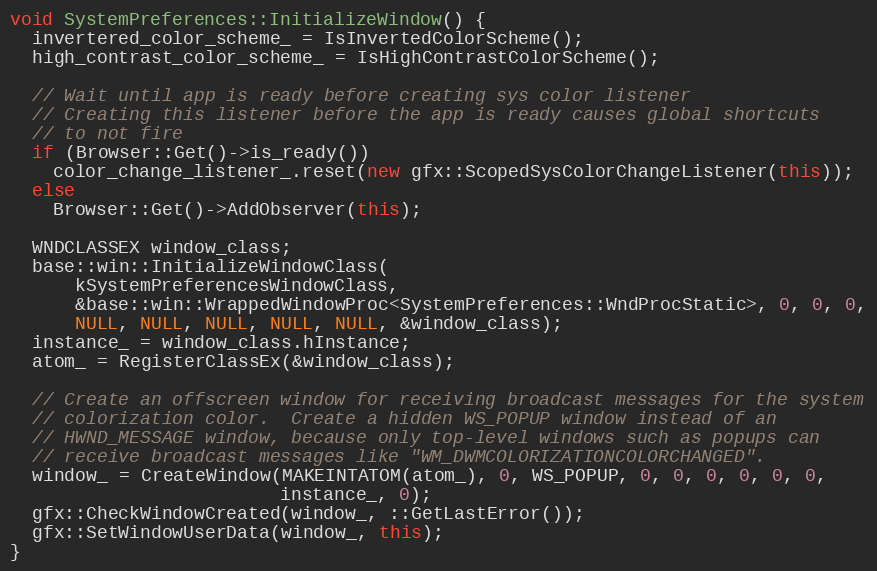
Language: C++
void SystemPreferences::InitializeWindow() {
  invertered_color_scheme_ = IsInvertedColorScheme();
  high_contrast_color_scheme_ = IsHighContrastColorScheme();

  // Wait until app is ready before creating sys color listener
  // Creating this listener before the app is ready causes global shortcuts
  // to not fire
  if (Browser::Get()->is_ready())
    color_change_listener_.reset(new gfx::ScopedSysColorChangeListener(this));
  else
    Browser::Get()->AddObserver(this);

  WNDCLASSEX window_class;
  base::win::InitializeWindowClass(
      kSystemPreferencesWindowClass,
      &base::win::WrappedWindowProc<SystemPreferences::WndProcStatic>, 0, 0, 0,
      NULL, NULL, NULL, NULL, NULL, &window_class);
  instance_ = window_class.hInstance;
  atom_ = RegisterClassEx(&window_class);

  // Create an offscreen window for receiving broadcast messages for the system
  // colorization color.  Create a hidden WS_POPUP window instead of an
  // HWND_MESSAGE window, because only top-level windows such as popups can
  // receive broadcast messages like "WM_DWMCOLORIZATIONCOLORCHANGED".
  window_ = CreateWindow(MAKEINTATOM(atom_), 0, WS_POPUP, 0, 0, 0, 0, 0, 0,
                         instance_, 0);
  gfx::CheckWindowCreated(window_, ::GetLastError());
  gfx::SetWindowUserData(window_, this);
}